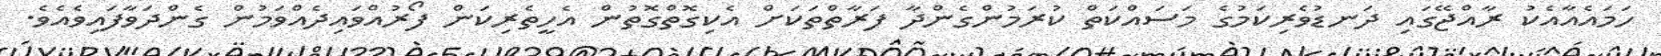
ހަމައެއާއެކު ރާއްޖޭގައި ދަނޑުވެރިކަމުގެ މަސައްކަތް ކުރަމުންގެންދާ ފަރާތްތަކަށް އެކިގޮތްގޮތުން އެހީތެރިކަން ފޯރުއްވައިދެއްވަމުން ގެންދަވާފައިވެއެވެ.